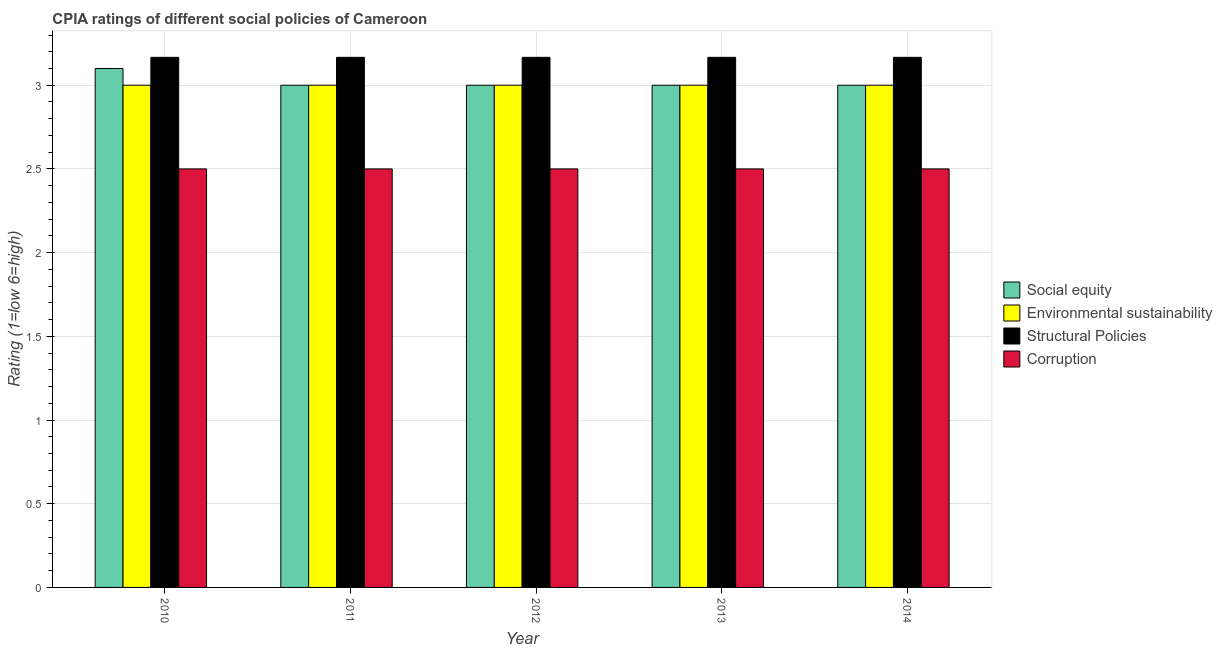
| Year | Social equity | Environmental sustainability | Structural Policies | Corruption |
 | --- | --- | --- | --- | --- |
 | 2010 | 3.1 | 3 | 3.17 | 2.5 |
 | 2011 | 3 | 3 | 3.17 | 2.5 |
 | 2012 | 3 | 3 | 3.17 | 2.5 |
 | 2013 | 3 | 3 | 3.17 | 2.5 |
 | 2014 | 3 | 3 | 3.17 | 2.5 |